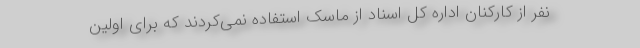
نفر از کارکنان اداره کل اسناد از ماسک استفاده نمی‌کردند که برای اولین